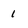
Character: 1